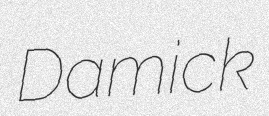
Damick